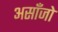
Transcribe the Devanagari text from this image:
असाँजो